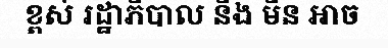
ខ្ពស់ រដ្ឋាភិបាល នឹង មិន អាច